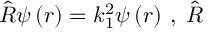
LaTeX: \hat { R } \psi \left( r \right) = k _ { 1 } ^ { 2 } \psi \left( r \right) \, , \; \hat { R }